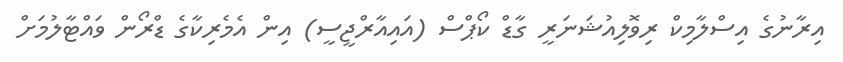
އިރާނުގެ އިސްލާމިކް ރިވޮލިއުޝަނަރީ ގާޑް ކޯޕްސް (އައިއާރްޖީސީ) އިން އެމެރިކާގެ ޑްރޯން ވައްޓާލުމަށް